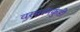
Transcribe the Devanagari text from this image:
वरसरमकुंडी